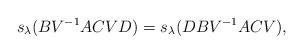
LaTeX: \begin{align*}s_\lambda(BV^{-1}ACVD) = s_\lambda(DBV^{-1}ACV),\end{align*}